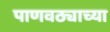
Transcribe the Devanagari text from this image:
पाणवठ्याच्या